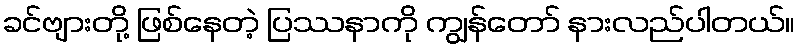
ခင်ဗျားတို့ ဖြစ်နေတဲ့ ပြဿနာကို ကျွန်တော် နားလည်ပါတယ်။